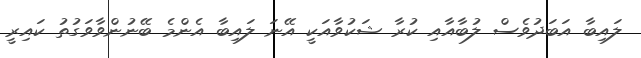
ލައިބާ އަބަދުވެސް ލުބާއާއި ކުރާ ޝަކުވާއަކީ އޭނަ ލައިބާ އެންމެ ބޭނުންވާވަގުތު ކައިރީ